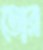
ডোর